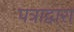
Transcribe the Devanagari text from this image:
पत्राद्वारा